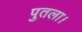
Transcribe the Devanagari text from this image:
पुतला।